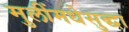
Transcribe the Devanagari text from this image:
मुलींमधेसुद्धा